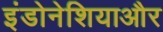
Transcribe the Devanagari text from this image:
इंडोनेशियाऔर